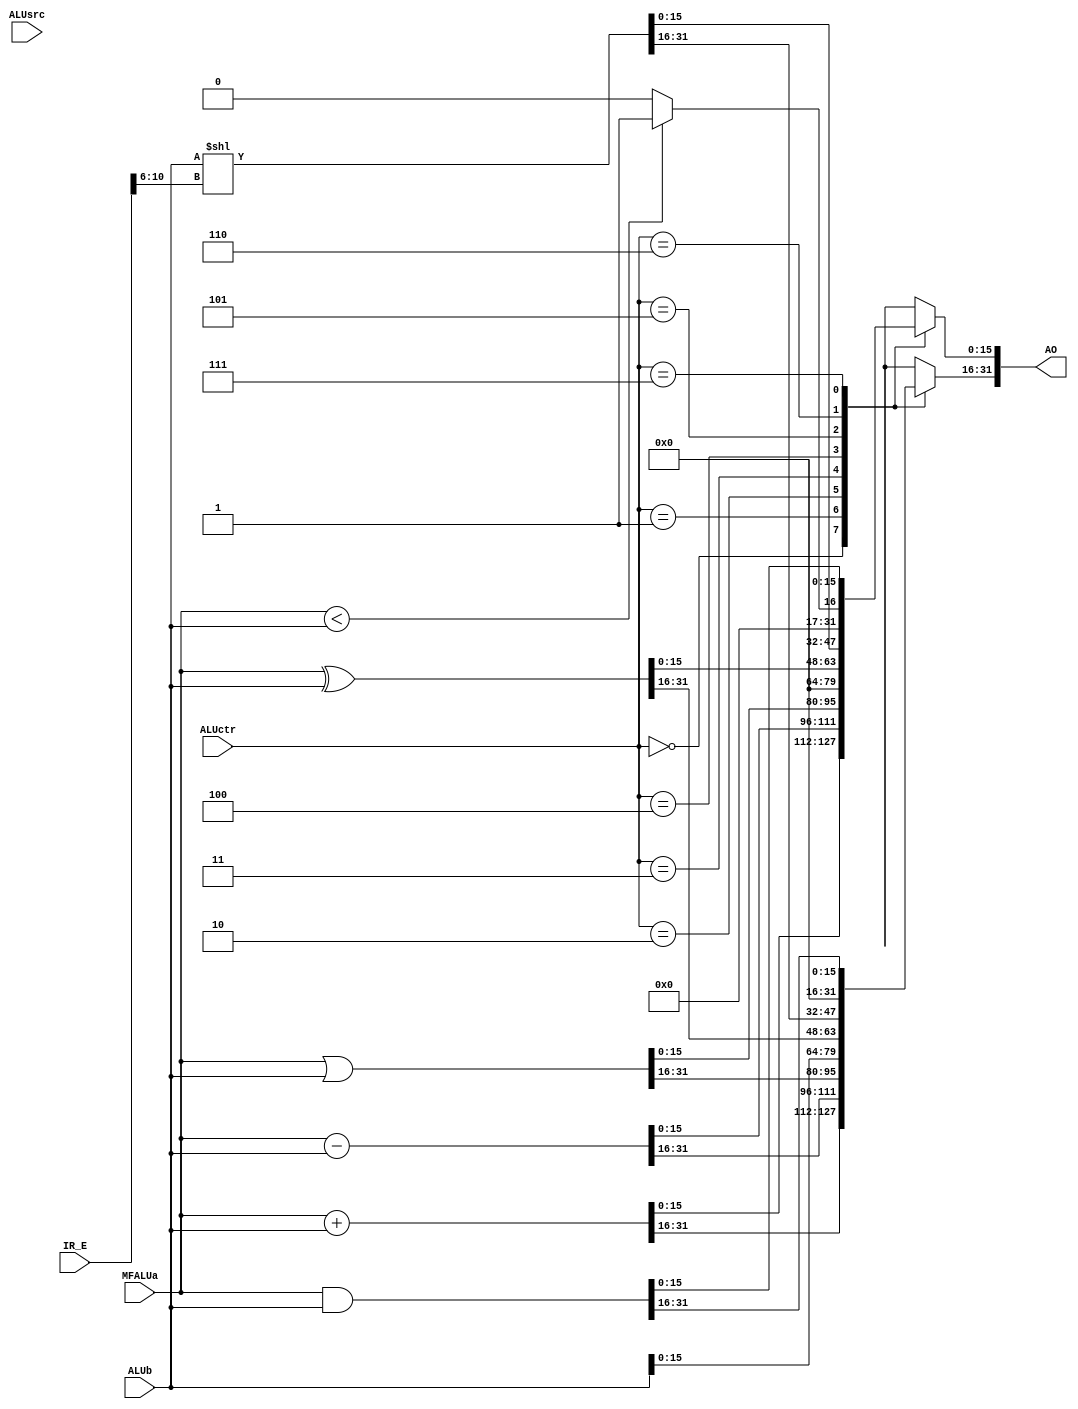
`timescale 1ns / 1ps
//////////////////////////////////////////////////////////////////////////////////
// Company: 
// Engineer: 
// 
// Design Name: 
// Module Name:    ALU 
// Project Name: 
// Target Devices: 
// Tool versions: 
// Description: 
//
// Dependencies: 
//
// Revision: 
// Revision 0.01 - File Created
// Additional Comments: 
//
//////////////////////////////////////////////////////////////////////////////////
module ALU(
    input [31:0] IR_E,
    //input [31:0] E32_E,
    //input [31:0] RT_E,
	 input [31:0] MFALUa,
	 input [31:0] ALUb,
	 input [2:0] ALUctr,//
	 input ALUsrc,//
    output reg[31:0] AO
    );
	 wire [4:0] s;
	 assign s = IR_E[10:6];
    always @* begin
	   case(ALUctr) 
		   0: begin
			AO <= MFALUa + ALUb;
			end
			1: begin
			AO <= MFALUa - ALUb;
			end
			2: begin//ori
			AO <= MFALUa | ALUb;
			end
			3: begin//lui
			AO[31:16] <= ALUb[15:0];
			AO[15:0] <= 0;
			end
			4: begin//xori
			AO <= MFALUa ^ ALUb;
			end
			5: begin//sll
			AO <= ALUb << s;
			end
			6: begin//slt
			if($signed(MFALUa) < $signed(ALUb)) AO <= 1;
			else AO <= 0;
			end
			7: begin//and
			AO <= MFALUa & ALUb;
			end
		endcase
	 end

endmodule